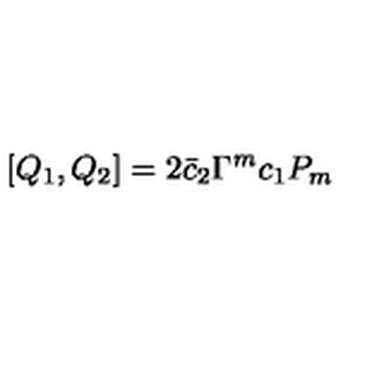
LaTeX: [ Q _ { 1 } , Q _ { 2 } ] = 2 \bar { c } _ { 2 } \Gamma ^ { m } c _ { 1 } P _ { m }